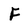
Character: F